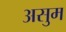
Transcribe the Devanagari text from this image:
असुम